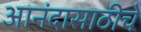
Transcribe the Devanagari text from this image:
आनंदासाठीचे